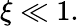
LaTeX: \xi\ll 1.